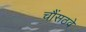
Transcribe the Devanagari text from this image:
चौंसठवें